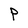
Character: P